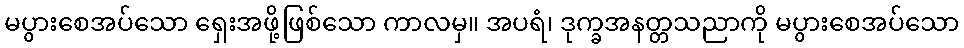
မပွားစေအပ်သော ရှေးအဖို့ဖြစ်သော ကာလမှ။ အပရံ၊ ဒုက္ခအနတ္တသညာကို မပွားစေအပ်သော